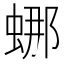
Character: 𬠌